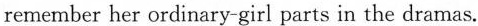
remember her ordinary-girl parts in the dramas.